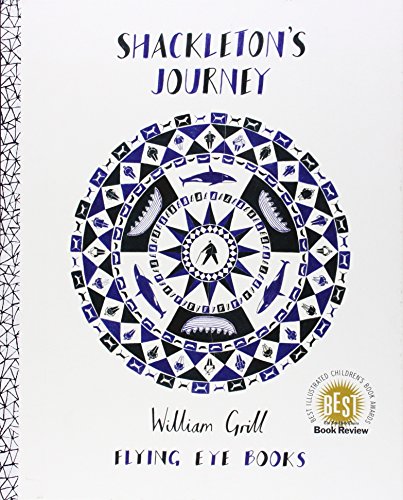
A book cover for Shackleton's Journey; Biographies & Memoirs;